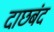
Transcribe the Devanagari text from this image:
दाछबंद